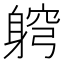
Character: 䠻